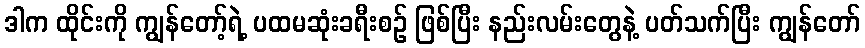
ဒါက ထိုင်းကို ကျွန်တော့်ရဲ့ ပထမဆုံးခရီးစဉ် ဖြစ်ပြီး နည်းလမ်းတွေနဲ့ ပတ်သက်ပြီး ကျွန်တော်